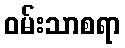
ဝမ်းသာစရာ